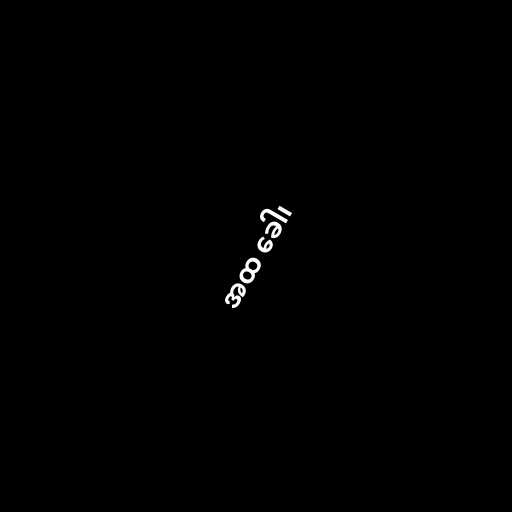
အထ ခေါ၊